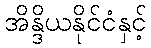
အိန္ဒိယနိုင်ငံနှင့်